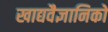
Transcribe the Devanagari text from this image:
खाद्यवैज्ञानिकों